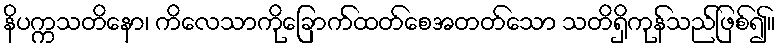
နိပက္ကသတိနော၊ ကိလေသာကိုခြောက်ထတ်စေအတတ်သော သတိရှိကုန်သည်ဖြစ်၍။